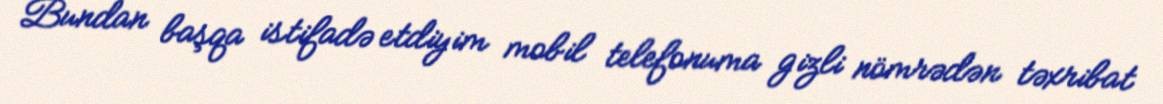
Bundan başqa istifadə etdiyim mobil telefonuma gizli nömrədən təxribat